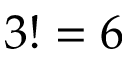
3 ! = 6